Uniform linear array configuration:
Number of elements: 32
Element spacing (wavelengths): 0.25
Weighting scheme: blackman
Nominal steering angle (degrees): -60
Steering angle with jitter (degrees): -59.619
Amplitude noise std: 0.05
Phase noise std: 0.05

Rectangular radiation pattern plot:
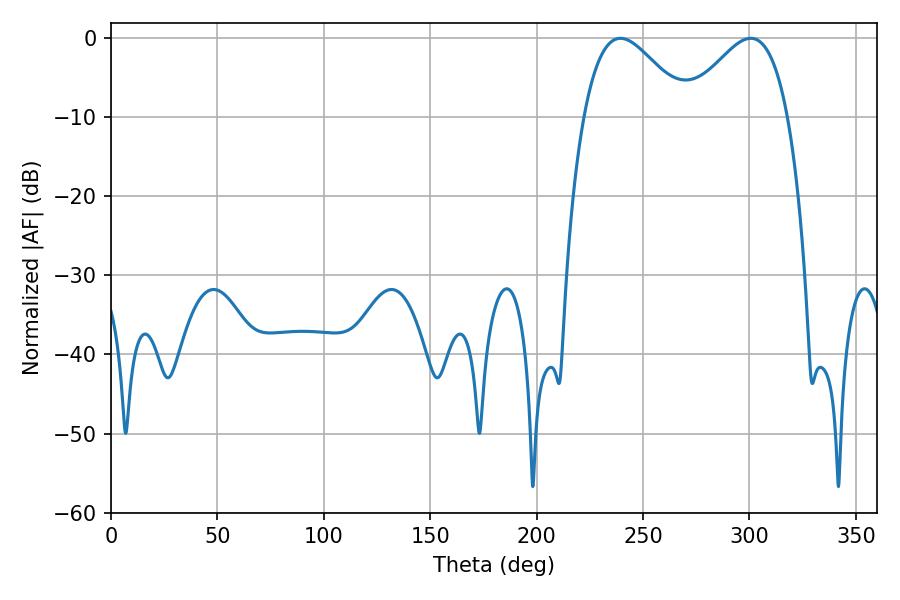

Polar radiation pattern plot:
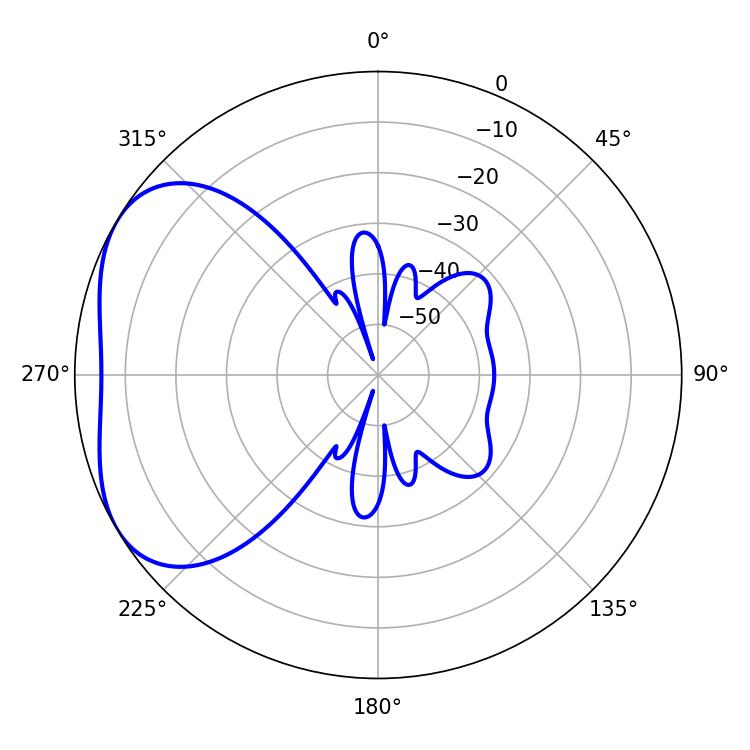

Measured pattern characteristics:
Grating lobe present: FALSE
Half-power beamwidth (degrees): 25.92
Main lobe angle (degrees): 300.6